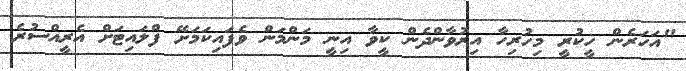
"އަހަރެން ހީކުރީ މިހުރިހާ އިރުވާންދެން ކީވާ އިނީ މަންމަން ވެފައިކަމަށޭ ފްލައިޓަށް އެރީއްސުރެ